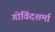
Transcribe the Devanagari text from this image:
गोविंदशर्मा